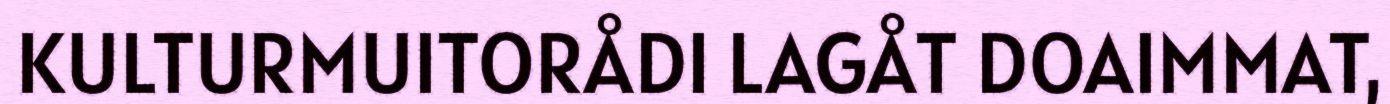
KULTURMUITORÅDI LAGÅT DOAIMMAT,